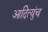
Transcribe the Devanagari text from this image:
आदित्युंच